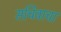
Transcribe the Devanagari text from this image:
सचिवाचा